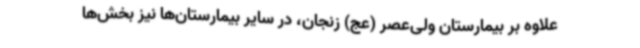
علاوه بر بیمارستان ولی‌عصر (عج) زنجان، در سایر بیمارستان‌ها نیز بخش‌ها